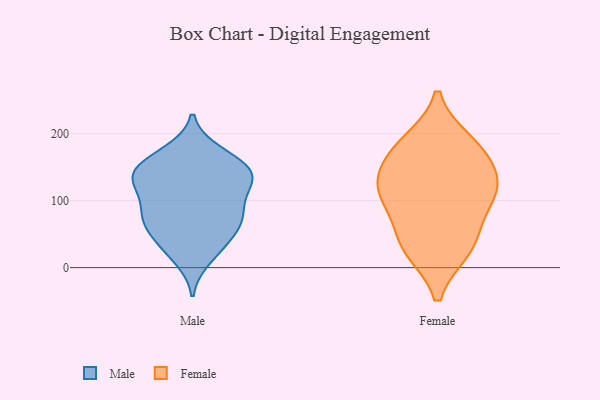
{"axis": {"x": "Customer Acquisition Cost (USD)", "y": "Value"}, "legend": ["Female", "Male"], "data": [{"x": "", "y": 145, "type": "Male"}, {"x": "", "y": 151, "type": "Male"}, {"x": "", "y": 168, "type": "Male"}, {"x": "", "y": 70, "type": "Male"}, {"x": "", "y": 120, "type": "Male"}, {"x": "", "y": 138, "type": "Male"}, {"x": "", "y": 142, "type": "Male"}, {"x": "", "y": 86, "type": "Male"}, {"x": "", "y": 75, "type": "Male"}, {"x": "", "y": 85, "type": "Male"}, {"x": "", "y": 131, "type": "Male"}, {"x": "", "y": 115, "type": "Male"}, {"x": "", "y": 58, "type": "Male"}, {"x": "", "y": 36, "type": "Male"}, {"x": "", "y": 136, "type": "Male"}, {"x": "", "y": 172, "type": "Male"}, {"x": "", "y": 14, "type": "Male"}, {"x": "", "y": 31, "type": "Male"}, {"x": "", "y": 69, "type": "Male"}, {"x": "", "y": 173, "type": "Female"}, {"x": "", "y": 120, "type": "Female"}, {"x": "", "y": 169, "type": "Female"}, {"x": "", "y": 29, "type": "Female"}, {"x": "", "y": 114, "type": "Female"}, {"x": "", "y": 119, "type": "Female"}, {"x": "", "y": 186, "type": "Female"}, {"x": "", "y": 107, "type": "Female"}, {"x": "", "y": 54, "type": "Female"}, {"x": "", "y": 28, "type": "Female"}]}